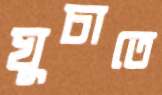
ঘুচাতে